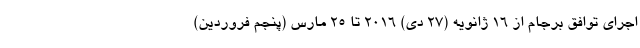
اجرای توافق برجام از ۱۶ ژانویه (27 دی) ۲۰۱۶ تا 25 مارس (پنجم فروردین)